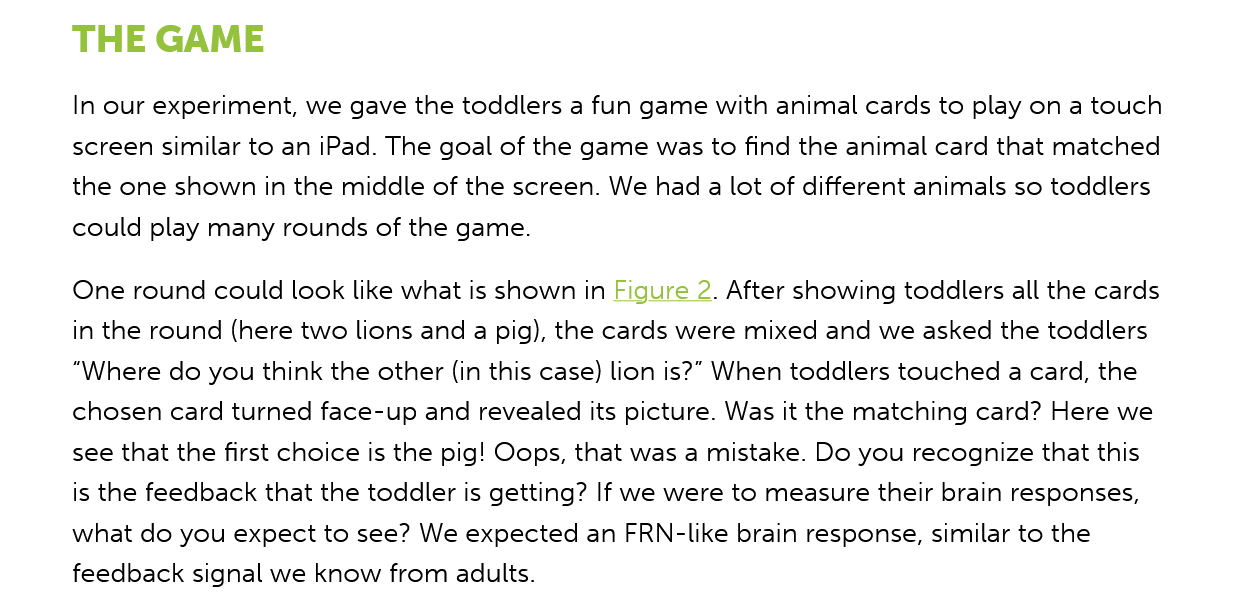
THE  GAME
     In our experiment, we gave the toddlers a fun game with animal cards to play on a touch
     screen similar to an iPad. The goal of the game was to find the animal card that matched
     the one shown in the middle of the screen. We had a lot of different animals so toddlers
     could play many rounds of the game.
     One round could look like what is shown in Figure 2. After showing toddlers all the cards

     in the round (here two lions and a pig), the cards were mixed and we asked the toddlers
     “Where do you think the other (in this case) lion is?” When toddlers touched a card, the
     chosen card turned face-up and revealed its picture. Was it the matching card? Here we
     see that the first choice is the pig! Oops, that was a mistake. Do you recognize that this
     is the feedback that the toddler is getting? If we were to measure their brain responses,
     what do you expect to see? We expected an FRN-like brain response, similar to the
     feedback signal we know from adults.